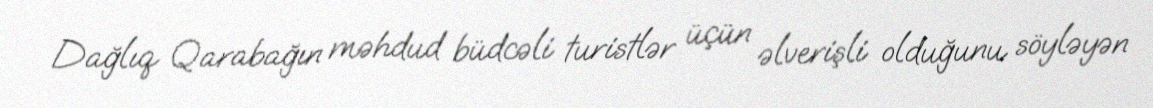
Dağlıq Qarabağın məhdud büdcəli turistlər üçün əlverişli olduğunu söyləyən